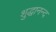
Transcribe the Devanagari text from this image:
शुद्धानन्द